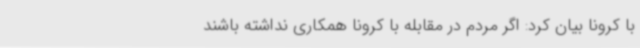
با کرونا بیان کرد: اگر مردم در مقابله با کرونا همکاری نداشته باشند